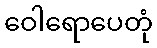
ဝေါရောပေတုံ